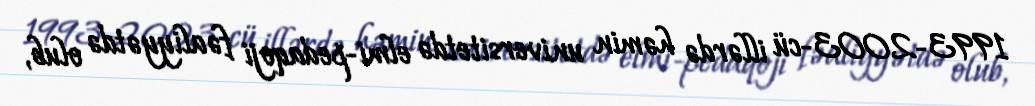
1993-2003-cü illərdə həmin universitetdə elmi-pedaqoji fəaliyyətdə olub,